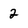
Character: 2